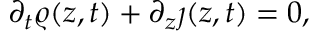
\partial _ { t } \varrho ( z , t ) + \partial _ { z } \jmath ( z , t ) = 0 ,